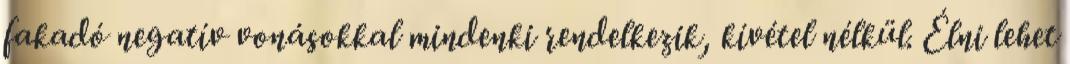
fakadó negatív vonásokkal mindenki rendelkezik, kívétel nélkül. Élni lehet